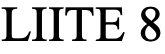
LIITE 8